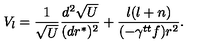
V _ { l } = { \frac { 1 } { \sqrt { U } } } { \frac { d ^ { 2 } \sqrt { U } } { ( d r ^ { * } ) ^ { 2 } } } + { \frac { l ( l + n ) } { ( - \gamma ^ { t t } f ) r ^ { 2 } } } .